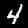
Digit: 4